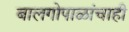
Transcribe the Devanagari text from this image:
बालगोपाळांचाही